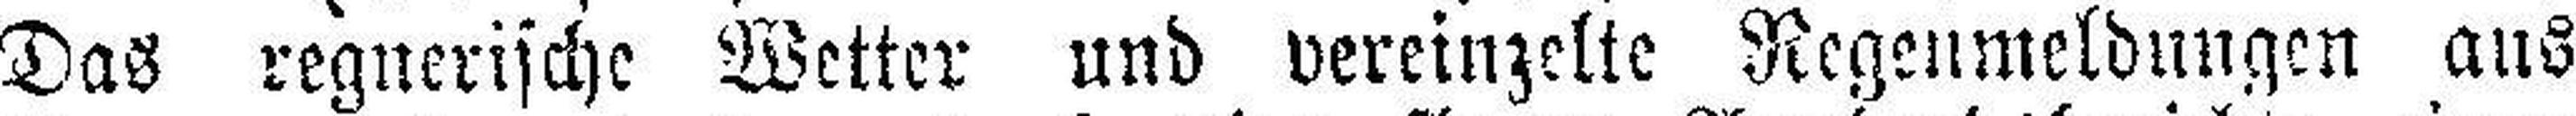
Das regnerische Wetter und vereinzelte Regenmeldungen aus